Investigations on Bengal jail dietaries - Number 37
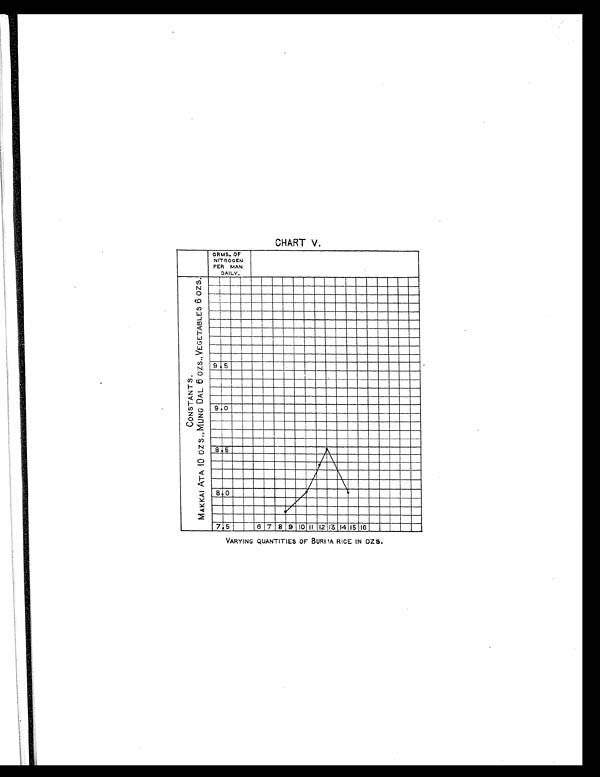
CHART V.
VARYING QUANTITIES OF BURMA RICE IN OZS.